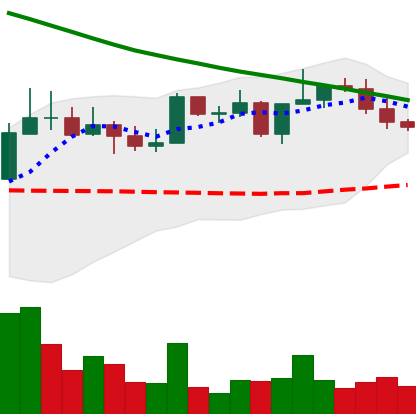
Ticker: NEO-USD
Chart end date: 2022-08-16
Forward return: -11.515%
Label: down_7plus